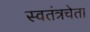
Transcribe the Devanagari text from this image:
स्वतंत्रचेता